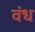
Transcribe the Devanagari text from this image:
वंध